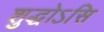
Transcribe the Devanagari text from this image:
शुद्धोऽसि